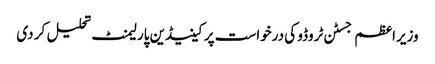
وزیراعظم جسٹن ٹروڈو کی درخواست پر کینیڈین پارلیمنٹ تحلیل کر دی